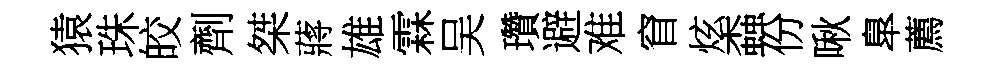
猿珠皎劑桀蔣雄霖吴瓚避难窅炫螙份啾臯薦